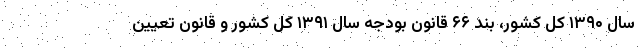
سال ۱۳۹۰ کل کشور، بند ۶۶ قانون بودجه سال ۱۳۹۱ کل کشور و قانون تعیین